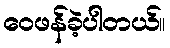
ဝေဖန်ခဲ့ပါတယ်။